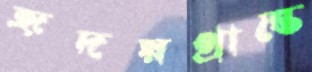
হৃদয়প্রান্তে